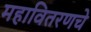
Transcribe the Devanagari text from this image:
महावितरणचे